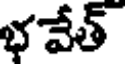
భవేత్